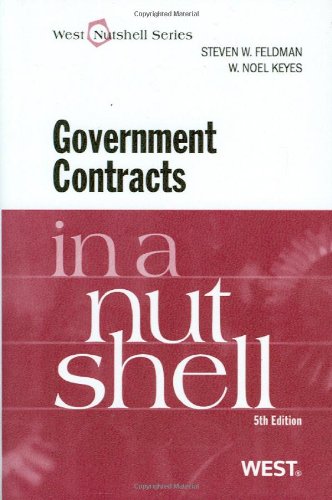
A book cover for Government Contracts in a Nutshell; Steven Feldman; Law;